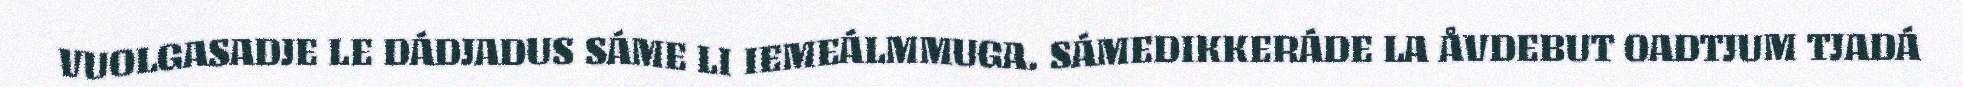
VUOLGASADJE LE DÁDJADUS SÁME LI IEMEÁLMMUGA. SÁMEDIKKERÁDE LA ÅVDEBUT OADTJUM TJADÁ